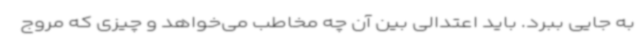
به جایی ببرد. باید اعتدالی بین آن چه مخاطب می‌خواهد و چیزی که مروج